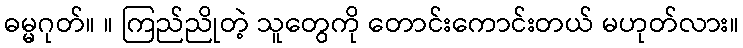
ဓမ္မဂုတ်။ ။ ကြည်ညိုတဲ့ သူတွေကို တောင်းကောင်းတယ် မဟုတ်လား။